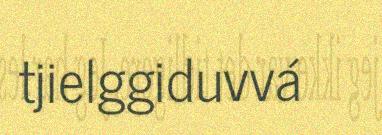
tjielggiduvvá